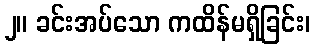
၂။ ခင်းအပ်သော ကထိန်မရှိခြင်း၊